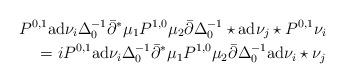
LaTeX: \begin{align*} P^{0,1}{\rm ad}\nu_i\Delta_0^{-1}\bar\partial^*\mu_1P^{1,0}\mu_2 \bar\partial\Delta_0^{-1}\star{\rm ad}\nu_j \star P^{0,1} \nu_i\\ =i P^{0,1}{\rm ad}\nu_i\Delta_0^{-1}\bar\partial^*\mu_1P^{1,0}\mu_2 \bar\partial\Delta_0^{-1}{\rm ad}\nu_i \star\nu_j\end{align*}